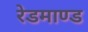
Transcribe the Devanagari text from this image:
रेडमाण्ड